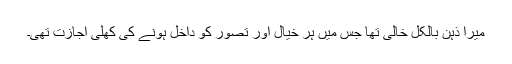
میرا ذہن بالکل خالی تھا جس میں ہر خیال اور تصور کو داخل ہونے کی کھلی اجازت تھی۔